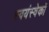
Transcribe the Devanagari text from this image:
स्वयंस्वेकों